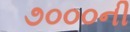
૭૦૦૦ની